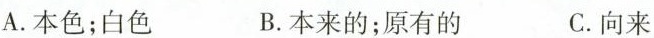
A.本色；白色 B.本来的；原有的 C.向来